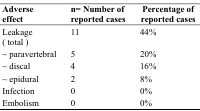
| Adverse effect | n= Number of reported cases | Percentage of reported cases |
 | --- | --- | --- |
 | Leakage ( total ) | 11 | 44% |
 | ~ paravertebral | 5 | 20% |
 | ~ discal | 4 | 16% |
 | ~ epidural | 2 | 8% |
 | Infection | 0 | 0% |
 | Embolism | 0 | 0% |